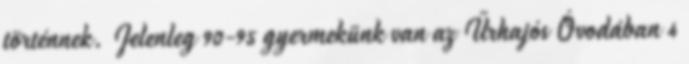
történnek. Jelenleg 90-95 gyermekünk van az Űrhajós Óvodában 4